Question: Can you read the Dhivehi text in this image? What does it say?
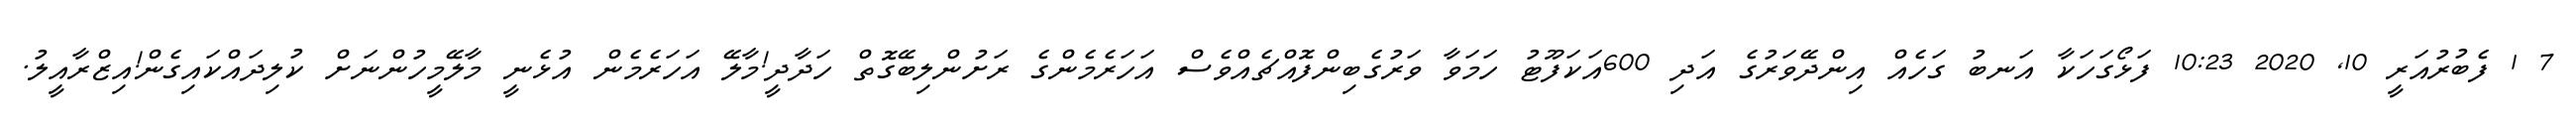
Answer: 7 1 ފެބުރުއަރީ 10, 2020 10:23 ފަޅޯގަހަކާ އަނބު ގަހެއް އިންދޭވަރުގެ އަދި 600އަކަފޫޓު ހަމަވާ ވަރުގެބިންފޮއްޗެއްވެސް އަހަރެމެންގެ ރަށުންލިބޭގޮތް ހަދާދީ!މާލޭ އަހަރެމެން އުޅެނީ މާލޭމީހުންނަށް ކުލިދައްކައިގެން!އިޒްރާއީލު.